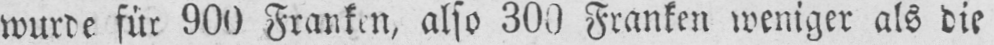
wurde für 900 Franken, also 300 Franken weniger als die